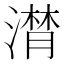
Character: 𣽽